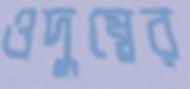
ওদুম্বের